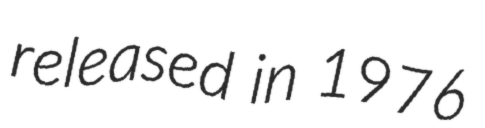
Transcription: released in 1976